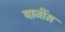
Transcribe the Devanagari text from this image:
याजींस